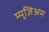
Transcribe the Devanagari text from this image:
म्यूज़िअम